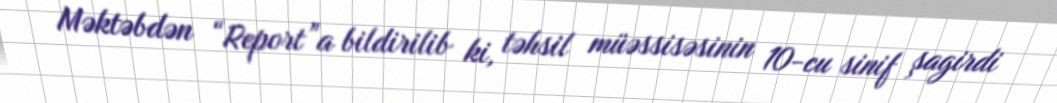
Məktəbdən “Report”a bildirilib ki, təhsil müəssisəsinin 10-cu sinif şagirdi